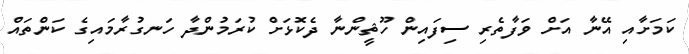
ކަމަށާއި އޭނާ އަށް ވަފާތެރި ސިފައިން ހޫޘީންނާ ދެކޮޅަށް ކުރަމުންދާ ހަނގުރާމައިގެ ކަންތައް